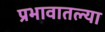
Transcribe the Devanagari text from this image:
प्रभावातल्या